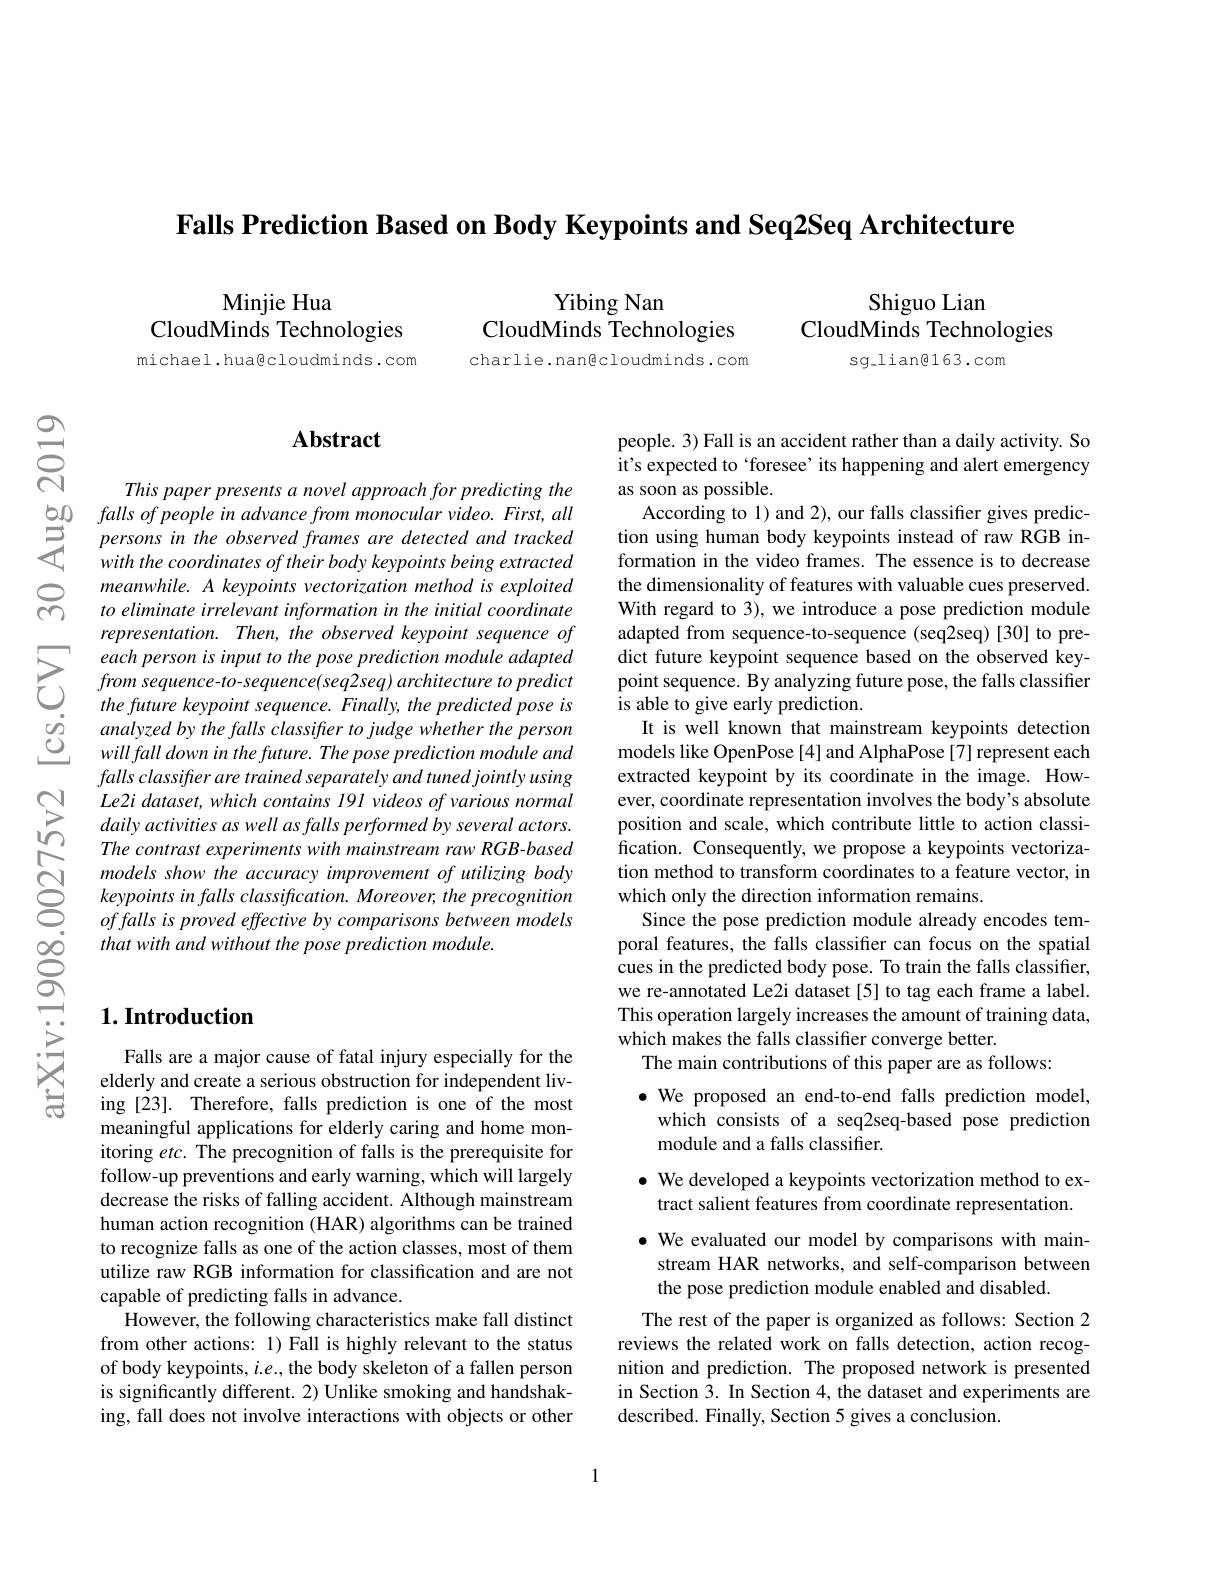
Falls Prediction Based on Body Keypoints and Seq2Seq Architecture

Minjie Hua
CloudMinds Technologies

michael.huagcloudminds.com

Yibing Nan
CloudMinds $\bar{\text{Technologies}}$

charlie.nan@cloudminds.com

Shiguo Lian
CloudMinds Technologies
$sg\_lian\textcircled{1}63.com$

## $\mathbf{Abstract}$

This paper presents a novel approach for predicting the
$\begin{array}{lll}\text{b0}&falls\:of\:people\:in\:advance\:from\:monocular\:video.\:First,\:all\\\text{与}&persons\:in\:the\:observed\:frames\:are\:detected\:and\:tracked\\\text{with the coordinates of their body keypoints being extracted}\end{array}$
meanwhile. A keypoints vectorization method is exploited to eliminate irrelevant information in the initial coordinate representation. Then, the observed keypoint sequence of
each person is input to the pose prediction module adappteddict future keypoint sequence based on the observed key- from sequence- to- sequence( seq2seq) architecture to predictpoint sequence. By analyzing future pose, the falls classifier t
$\begin{array}{ccc}{\dot{o}}&{analyzed\:by\:the\:falls\:classifher\:to\:judge\:whether\:the\:person}\\{\underline{O}}&{will\:fall\:down\:in\:the\:future.\:The\:pose\:prediction\:module\:and}\end{array}$
falls classifter are trained separately and tuned jointly using Le2i dataset, which contains 191 videos of various normal daily activities as well as falls performed by several actors. The contrast experiments with mainstream raw RGB-based models show the accuracy improvement of utilizing body $keypointsinfallsclassification.Moreover,theprecognition$ of falls is proved effective by comparisons between models that with and without the pose prediction module.

## $1. \textbf{Introduction}$

Falls are a major cause of fatal injury especially for the elderly and create a serious obstruction for independent living [23]. Therefore, falls prediction is one of the most meaningful applications for elderly caring and home monitoring $etc.$ The precognition of falls is the prerequisite for follow-up preventions and early warning, which will largely decrease the risks of falling accident. Although mainstream human action recognition (HAR) algorithms can be trained to recognize falls as one of the action classes, most of them utilize raw RGB information for classification and are not capable of predicting falls in advance.
However, the following characteristics make fall distinct from other actions: 1) Fall is highly relevant to the status of body keypoints, $i.e.$, the body skeleton of a fallen person is significantly different. 2) Unlike smoking and handshaking, fall does not involve interactions with objects or other

people. 3) Fall is an accident rather than a daily activity. So it's expected to ‘foresee’ its happening and alert emergency as soon as possible.
According to 1) and 2), our falls classifier gives prediction using human body keypoints instead of raw RGB information in the video frames. The essence is to decrease the dimensionality of features with valuable cues preserved. With regard to 3), we introduce a pose prediction module adapted from sequence-to-sequence (seq2seq) [30] to pre-
It is well known that mainstream keypoints detection models like OpenPose [4] and AlphaPose [7] represent each extracted keypoint by its coordinate in the image. However, coordinate representation involves the body's absolute position and scale, which contribute little to action classification. Consequently, we propose a keypoints vectorization method to transform coordinates to a feature vector, in which only the direction information remains.
Since the pose prediction module already encodes temporal features, the falls classifer can focus on the spatial cues in the predicted body pose. To train the falls classifier, we re-annotated Le2i dataset [5] to tag each frame a label. This operation largely increases the amount of training data, which makes the falls classifier converge better.
The main contributions of this paper are as follows:

·We proposed an end-to-end falls prediction model, which consists of a seq2seq-based pose prediction module and a falls classifier.

· We developed a keypoints vectorization method to ex-
tract salient features from coordinate representation.

$\bullet$ We evaluated our model by comparisons with main-
stream HAR networks, and self-comparison between
the pose prediction module enabled and disabled.

The rest of the paper is organized as follows: Section 2 reviews the related work on falls detection, action recognition and prediction. The proposed network is presented in Section 3. In Section 4, the dataset and experiments are described. Finally, Section 5 gives a conclusion.